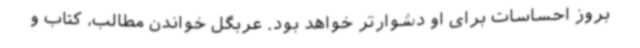
بروز احساسات برای او دشوارتر خواهد بود. عربگل خواندن مطالب، کتاب و